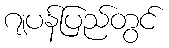
ဂျပန်ပြည်တွင်